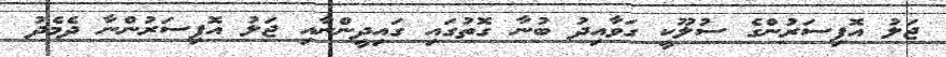
ޖަލު އޮފިސަރުންގެ ސުލޫކީ ގަވާއިދު ބުނާ ގޮތުގައި ގައިދީންނާއި ޖަލު އޮފިސަރުންނާ ދެމެދު